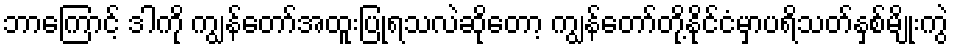
ဘာကြောင့် ဒါကို ကျွန်တော်အထူးပြုရသလဲဆိုတော့ ကျွန်တော်တို့နိုင်ငံမှာပရိသတ်နှစ်မျိုးကွဲ